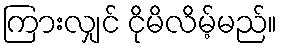
ကြားလျှင် ငိုမိလိမ့်မည်။